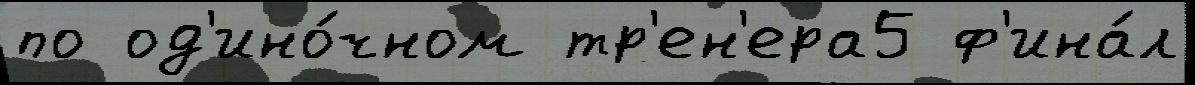
по од'ино́чном тр'ен'ера5 ф'ина́л